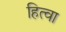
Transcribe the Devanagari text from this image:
हित्वा